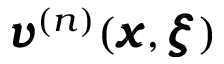
{ \pmb v } ^ { ( n ) } ( { \pmb x } , { \pmb \xi } )